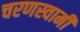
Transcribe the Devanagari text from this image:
चरणस्वामी